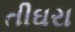
તીઘરા